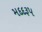
મદદરૂપ